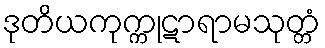
ဒုတိယကုက္ကုဋာရာမသုတ္တံ